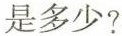
是多少？